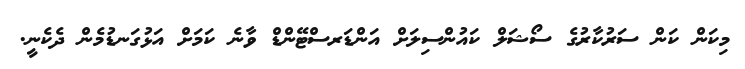
މިކަން ކަން ސަރުކާރުގެ ސޯޝަލް ކައުންސިލަށް އަންޑަރސްޓޭންޑް ވާނެ ކަމަށް އަޅުގަނޑުމެން ދެކެނީ.